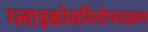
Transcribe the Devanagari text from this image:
ग्लाइकोसमिनोग्लाइकन